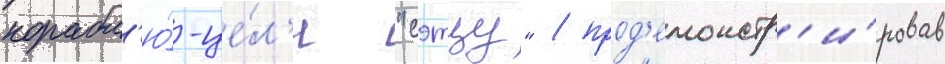
корабл'ю́-це́л'и "сэтцу" / прод'емонстр'и́ровав